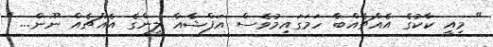
" މިއީ ކާކުގެ އެއްޗެއްބާ ހަމަގައިމުވެސް އަފްޝާއާ ލީންގެ އެއްޗެއް ނޫން... "